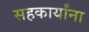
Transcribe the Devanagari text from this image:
सहकार्यांना